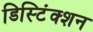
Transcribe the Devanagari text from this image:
डिस्टिंंक्शन